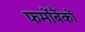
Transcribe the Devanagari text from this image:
फर्मोंबैंकों